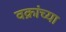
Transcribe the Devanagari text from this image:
वक्रांच्या